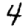
Digit: 4